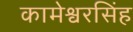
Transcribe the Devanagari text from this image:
कामेश्वरसिंह